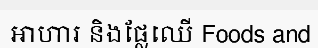
អាហារ និងផ្លែឈើ Foods and